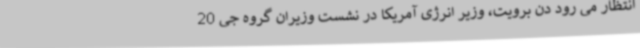
انتظار می رود دن برویت، وزیر انرژی آمریکا در نشست وزیران گروه جی 20